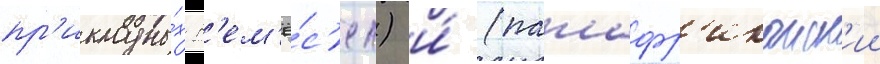
пр'икладны́х р'ем'ё́с'ел) и́ (панафр'иканск'ии